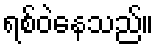
ရစ်ဝဲနေသည်။